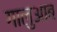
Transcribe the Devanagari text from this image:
गालुआब